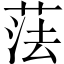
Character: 𦲾